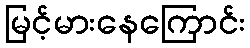
မြင့်မားနေကြောင်း